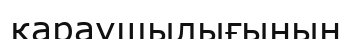
қараушылығының